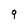
Character: q